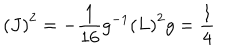
LaTeX: \left( J \right) ^ { 2 } = - \frac { 1 } { 1 6 } g ^ { - 1 } \left( L \right) ^ { 2 } g = \frac { 1 } { 4 }